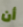
أن